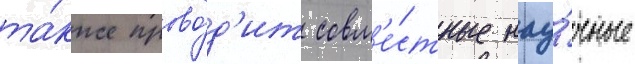
та́кже прово́д'ит совм'е́стные нау́чные